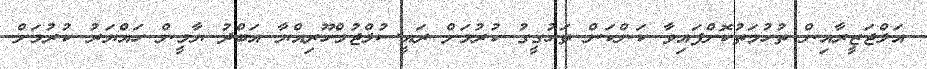
އަލްޖަޒީރާއިން ތުހުމަތުކޮށްފައިވާ ކަންކަން ތަހުގީގު ކުރުމަށް ރައީސުލްޖުމްހޫރިއްޔާ އަބްދު ޔާމީން ހައްޔަރު ކުރުމަށް